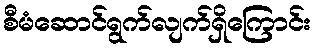
စီမံဆောင်ရွက်လျက်ရှိကြောင်း